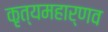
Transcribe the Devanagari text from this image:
कृत्यमहार्णव